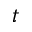
t